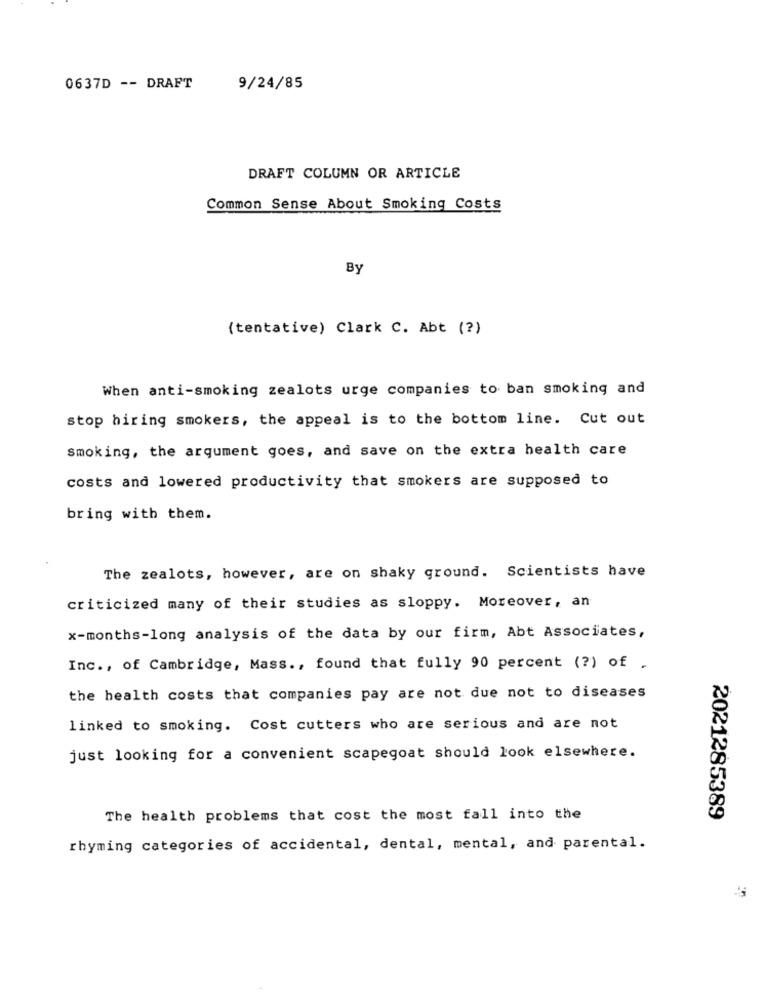
0637D -- DRAFT
9/24/85
DRAFT COLUMN OR ARTICLE
Common Sense About Smoking Costs
By
(tentative) Clark C. Abt (?)
When anti-smoking zealots urge companies to ban smoking and
stop hiring smokers, the appeal is to the bottom line. Cut out
smoking, the argument goes, and save on the extra health care
costs and lowered productivity that smokers are supposed to
bring with them.
The zealots, however, are on shaky ground. Scientists have
criticized many of their studies as sloppy. Moreover, an
x-months-long analysis of the data by our firm, Abt Associates,
Inc ., of Cambridge, Mass ., found that fully 90 percent (?) of .
the health costs that companies pay are not due not to diseases
linked to smoking. Cost cutters who are serious and are not
just looking for a convenient scapegoat should look elsewhere.
The health problems that cost the most fall into the
2021285389
rhyming categories of accidental, dental, mental, and parental.